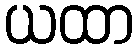
ယထာ